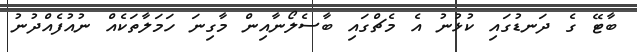
ބާޓޭ ގެ ދަނޑުގައި ކުޅުނު އެ މެޗްގައި ބާސެލޯނާއިން މާގިނަ ހަމަލާތަކެއް ނުއުފެއްދުނު